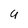
Character: g